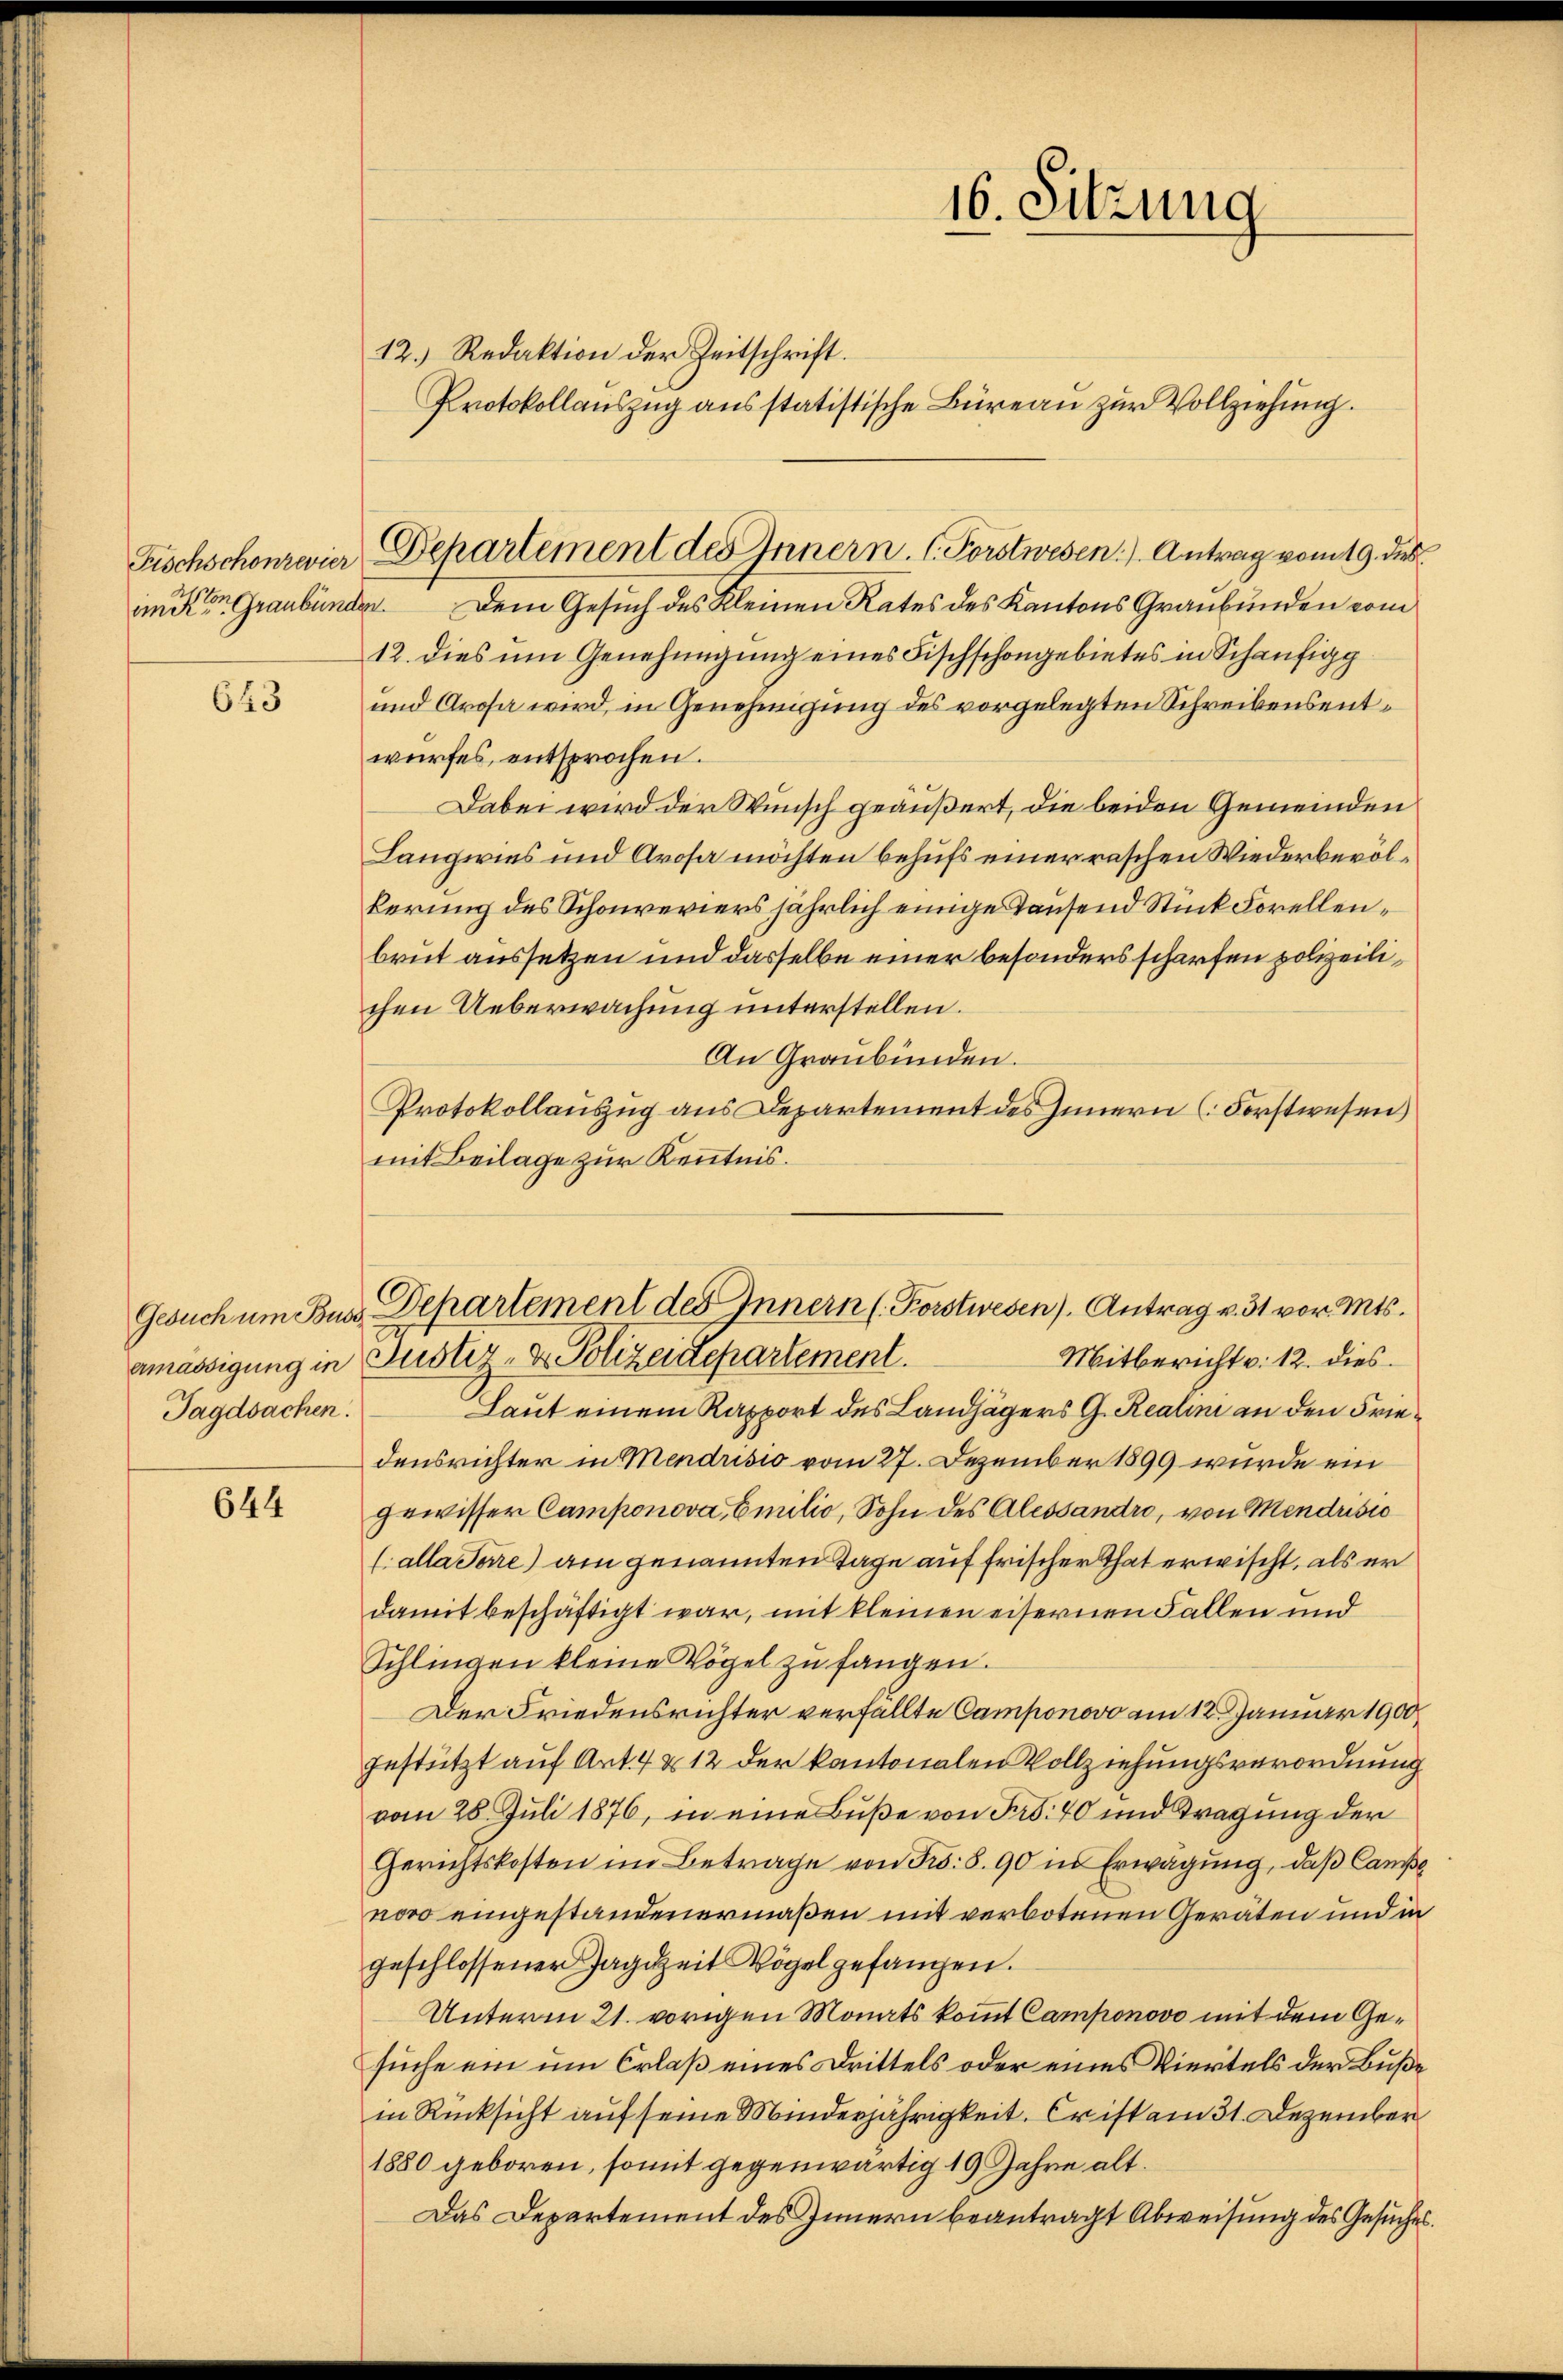
Fischschonzevier
im Kron Graubünden

643

Tagdsachen.

644

12.) Redaktion der Zeitschrift.
Protokollauszug ausstatistische Büreau zur Vollziehung.
. Dem Gesuch des Kleinen Rates des Kantons Graubünden vom
12. dies um Genehmigung eines Fischschongebietes in Schäufig
und Arosa wird, in Genehmigung des vorgelegten Schreibensentwurfes, entsprochen.
Dabei wird der Wunsch geäußert, die beiden Gemeinden
Langwies und Arosa möchten behufs einer raschen Wiederbevölkerung des Schonreviers jährlich einige Tausend Stück Forellenbrut aussetzen und dasselbe einer besonders scharfen polizeilichen Ueberwachung unterstellen.
An Graubünden.
Protokollauszug aus Departement des Innern (Forstwesen
mit Beilage zur Kenntnis.

Departement des Innern. C. Forstwesen. Antrag vom 19. des

16. Sitzung

Mitbericht v. 12. dies
emässigung in Justiz- & Polizeidepartement.
Laut einem Rapport des Landhägers G. Realini an den Friedensrichter in Mendrisis vom 27. Dezember 1899 wurde ein
gewisser Camponova Emilio, Sohn des Alessandro, von Mendrisio
(alla Sere) am genannten Tage auf frischer That erwischt, als er
damit beschäftigt war, mit kleinen eisernen Fallen und
Schlingen kleine Vögel zu fangen.
Der Friedensrichter verfällte Camponovo am 12. Januar 1900
gestützt auf Art. 4 & 12 der kantonalen Vollziehungsverordnung
vom 28. Juli 1876, in eine Buße von Fr. 40 und Tragung der
Gerichtskosten im Betrage von Frs. S. 90 in Erwägung, daß Can
noro eingestandenermaßen mit verbotenen Geräten und in
geschlossener Jagdzeit Vögel gefangen.
Unterm 21. vorigen Monats kommt Camponovo mit dem Gesuche ein um Erlaß eines Drittels oder eines Viertels der Buße
in Rücksicht auf seine Minderjährigkeit. Er ist am 31. Dezember
1880 geboren, somit gegenwärtig 19 Jahre alt.
Das Departement des Innern beantragt Abweisung des Gesuches

Gesuch um Bus Departement des Innern (Forstwesen). Antrag v. 31 vor. Mts.